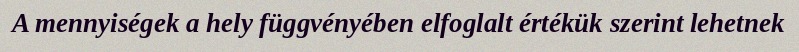
A mennyiségek a hely függvényében elfoglalt értékük szerint lehetnek